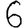
Digit: 6